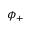
\phi _ { + }